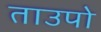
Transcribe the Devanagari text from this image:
ताउपो